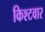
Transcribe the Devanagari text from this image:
किश्टवार